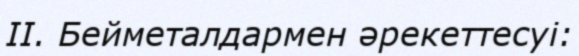
II. Бейметалдармен әрекеттесуі: